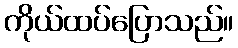
ကိုယ်ထပ်ပြောသည်။